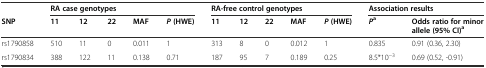
|  | <COLSPAN=5> RA case genotypes | <COLSPAN=5> RA-free control genotypes | <COLSPAN=2> Association results |
 | SNP | 11 | 12 | 22 | MAF | P(HWE) | 11 | 12 | 22 | MAF | P(HWE) | Pa | Odds ratio for minor allele (95% CI)a |
 | --- | --- | --- | --- | --- | --- | --- | --- | --- | --- | --- | --- | --- |
 | rs1790858 | 510 | 11 | 0 | 0.011 | 1 | 313 | 8 | 0 | 0.012 | 1 | 0.835 | 0.91 (0.36, 2.30) |
 | rs1790834 | 388 | 122 | 11 | 0.138 | 0.71 | 187 | 95 | 7 | 0.189 | 0.25 | 8.5*10−3 | 0.69 (0.52, -0.91) |